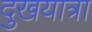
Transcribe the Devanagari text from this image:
दुखयात्रा